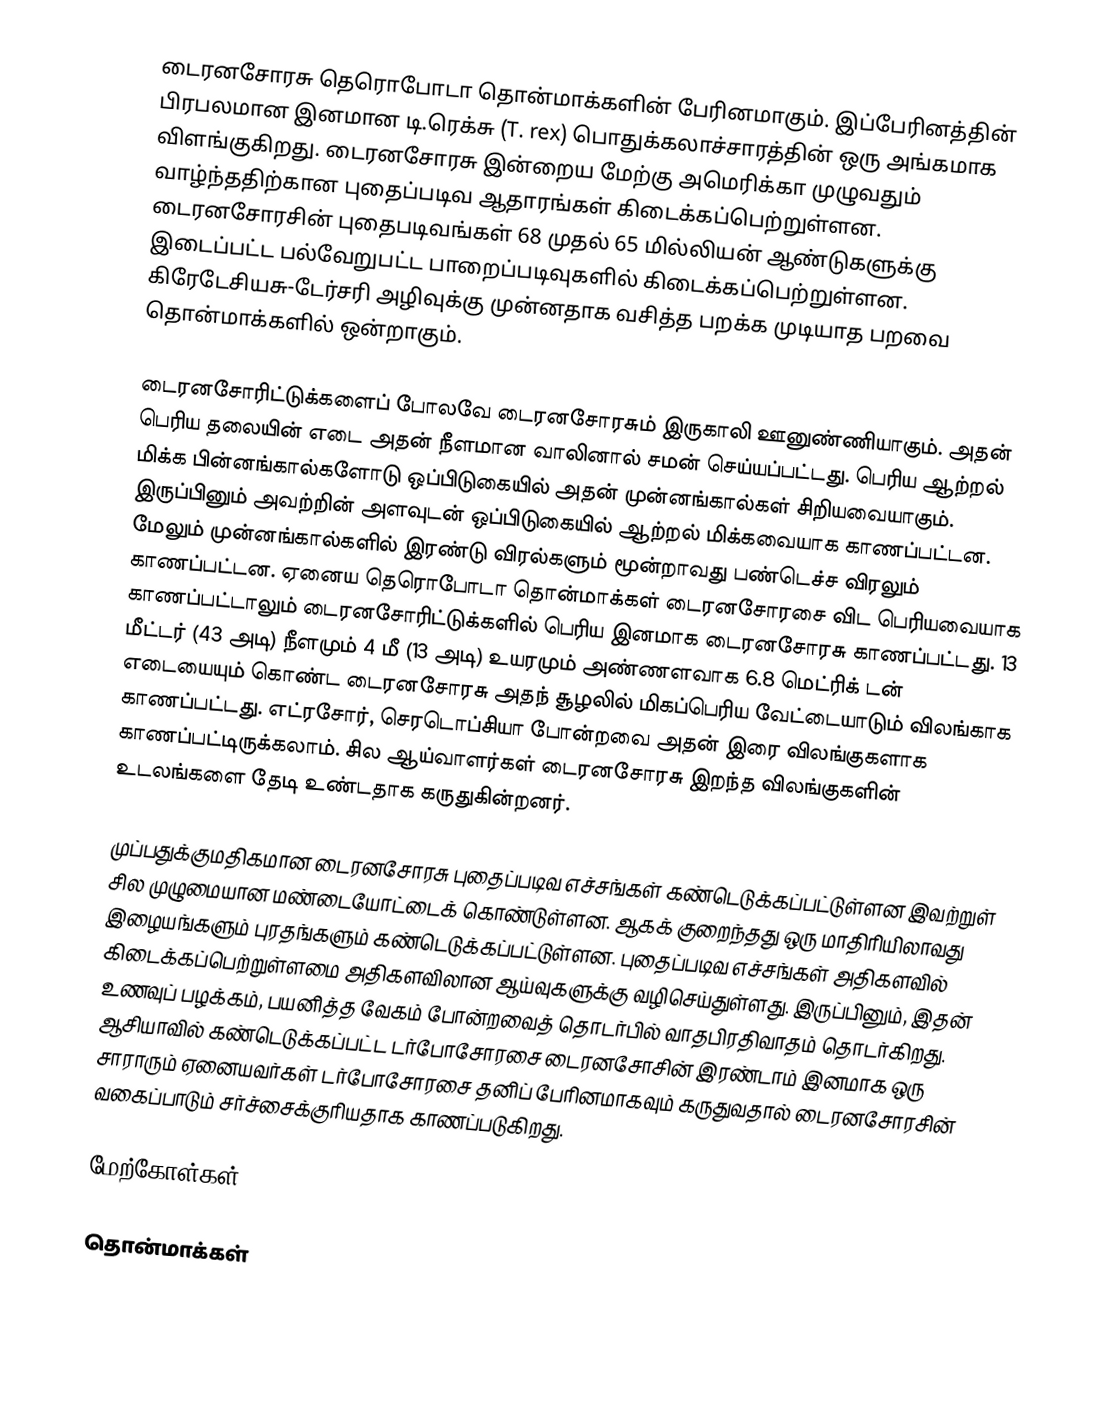
டைரனசோரசு தெரொபோடா தொன்மாக்களின் பேரினமாகும். இப்பேரினத்தின் பிரபலமான இனமான டி.ரெக்சு (T. rex) பொதுக்கலாச்சாரத்தின் ஒரு அங்கமாக விளங்குகிறது. டைரனசோரசு இன்றைய மேற்கு அமெரிக்கா முழுவதும் வாழ்ந்ததிற்கான புதைப்படிவ ஆதாரங்கள் கிடைக்கப்பெற்றுள்ளன. டைரனசோரசின் புதைபடிவங்கள் 68 முதல் 65 மில்லியன் ஆண்டுகளுக்கு இடைப்பட்ட பல்வேறுபட்ட பாறைப்படிவுகளில் கிடைக்கப்பெற்றுள்ளன. கிரேடேசியசு-டேர்சரி அழிவுக்கு முன்னதாக வசித்த பறக்க முடியாத பறவை தொன்மாக்களில் ஒன்றாகும்.

டைரனசோரிட்டுக்களைப் போலவே டைரனசோரசும் இருகாலி ஊனுண்ணியாகும். அதன் பெரிய தலையின் எடை அதன் நீளமான வாலினால் சமன் செய்யப்பட்டது. பெரிய ஆற்றல் மிக்க பின்னங்கால்களோடு ஒப்பிடுகையில் அதன் முன்னங்கால்கள் சிறியவையாகும். இருப்பினும் அவற்றின் அளவுடன் ஒப்பிடுகையில் ஆற்றல் மிக்கவையாக காணப்பட்டன. மேலும் முன்னங்கால்களில் இரண்டு விரல்களும் மூன்றாவது பண்டெச்ச விரலும் காணப்பட்டன. ஏனைய தெரொபோடா தொன்மாக்கள் டைரனசோரசை விட பெரியவையாக காணப்பட்டாலும் டைரனசோரிட்டுக்களில் பெரிய இனமாக டைரனசோரசு காணப்பட்டது. 13 மீட்டர் (43 அடி) நீளமும்  4 மீ (13 அடி) உயரமும்  அண்ணளவாக 6.8 மெட்ரிக் டன் எடையையும் கொண்ட டைரனசோரசு அதந் சூழலில் மிகப்பெரிய வேட்டையாடும் விலங்காக காணப்பட்டது. எட்ரசோர், செரடொப்சியா போன்றவை அதன் இரை விலங்குகளாக காணப்பட்டிருக்கலாம். சில ஆய்வாளர்கள் டைரனசோரசு இறந்த விலங்குகளின் உடலங்களை தேடி உண்டதாக கருதுகின்றனர்.

முப்பதுக்குமதிகமான டைரனசோரசு புதைப்படிவ எச்சங்கள் கண்டெடுக்கப்பட்டுள்ளன இவற்றுள் சில முழுமையான மண்டையோட்டைக் கொண்டுள்ளன. ஆகக் குறைந்தது ஒரு மாதிரியிலாவது இழையங்களும் புரதங்களும் கண்டெடுக்கப்பட்டுள்ளன. புதைப்படிவ எச்சங்கள் அதிகளவில் கிடைக்கப்பெற்றுள்ளமை அதிகளவிலான ஆய்வுகளுக்கு வழிசெய்துள்ளது. இருப்பினும், இதன் உணவுப் பழக்கம், பயனித்த வேகம் போன்றவைத் தொடர்பில் வாதபிரதிவாதம் தொடர்கிறது. ஆசியாவில் கண்டெடுக்கப்பட்ட டர்போசோரசை டைரனசோசின் இரண்டாம் இனமாக ஒரு சாராரும் ஏனையவர்கள் டர்போசோரசை தனிப் பேரினமாகவும் கருதுவதால் டைரனசோரசின் வகைப்பாடும் சர்ச்சைக்குரியதாக காணப்படுகிறது.

மேற்கோள்கள்

தொன்மாக்கள்